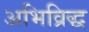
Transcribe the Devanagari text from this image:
अभिव्रिद्ध